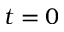
t = 0